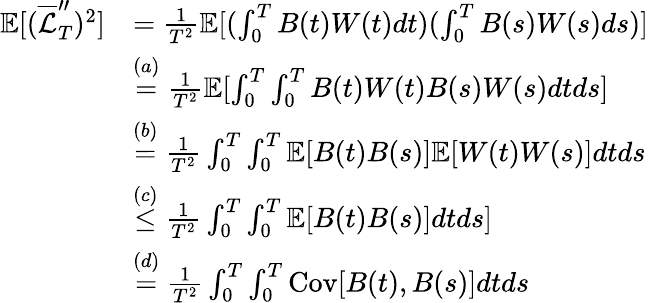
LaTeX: \begin{array}{rl}{\mathbb{E}[(\overline{{\mathcal{L}}}_{T}^{\prime\prime})^{2}]}&{=\frac{1}{T^{2}}\mathbb{E}[(\int_{0}^{T}B(t)W(t)dt)(\int_{0}^{T}B(s)W(s)ds)]}\\ &{\overset{(a)}=\frac{1}{T^{2}}\mathbb{E}[\int_{0}^{T}\int_{0}^{T}B(t)W(t)B(s)W(s)dtds]}\\ &{\overset{(b)}=\frac{1}{T^{2}}\int_{0}^{T}\int_{0}^{T}\mathbb{E}[B(t)B(s)]\mathbb{E}[W(t)W(s)]dtds}\\ &{\overset{(c)}\leq\frac{1}{T^{2}}\int_{0}^{T}\int_{0}^{T}\mathbb{E}[B(t)B(s)]dtds]}\\ &{\overset{(d)}=\frac{1}{T^{2}}\int_{0}^{T}\int_{0}^{T}\mathrm{Cov}[B(t),B(s)]dtds}\end{array}